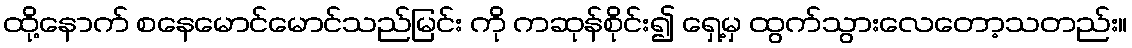
ထို့နောက် စနေမောင်မောင်သည်မြင်း ကို ကဆုန်စိုင်း၍ ရှေ့မှ ထွက်သွားလေတော့သတည်း။